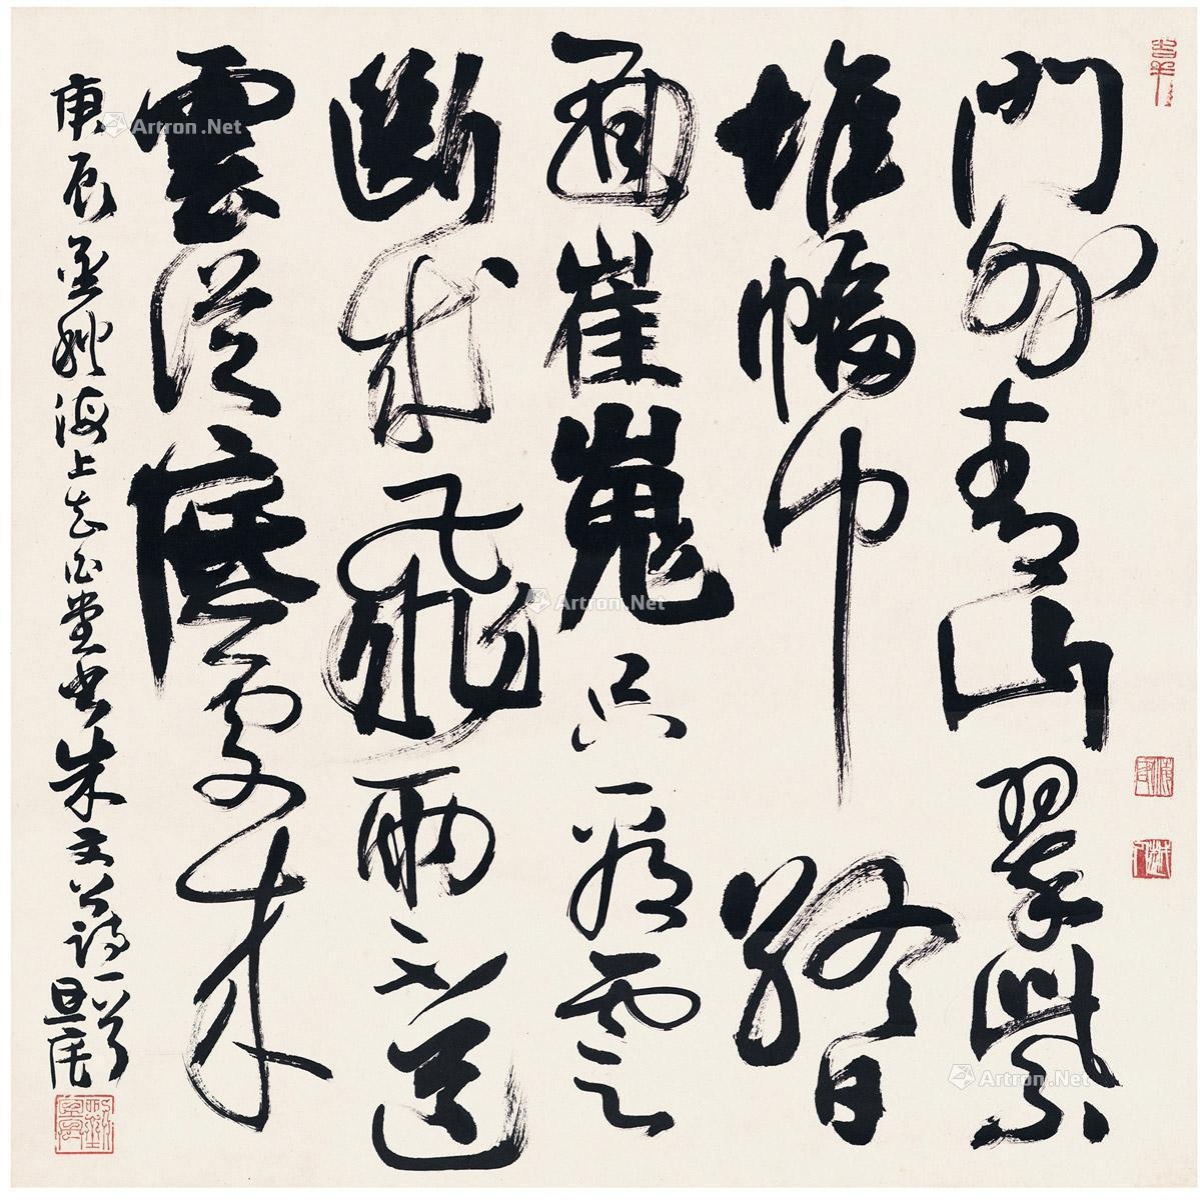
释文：门外青山翠紫堆，幅巾终日面崔嵬。只看云断成飞雨，不道云从底处来。庚辰孟秋海上知白堂书朱文公诗一首，旦宅。